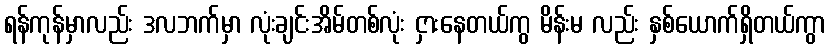
ရန်ကုန်မှာလည်း ဒလဘက်မှာ လုံးချင်းအိမ်တစ်လုံး ငှားနေတယ်ကွ မိန်းမ လည်း နှစ်ယောက်ရှိတယ်ကွာ